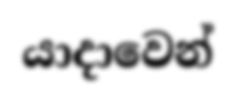
යාදාවෙන්